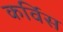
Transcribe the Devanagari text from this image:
कर्विस